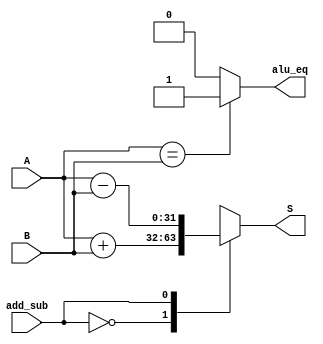
`timescale 1ns / 1ps
module adder_32(A, B, S, add_sub,alu_eq);
   input [31:0] A, B;
   output reg [31:0] S;
	output reg alu_eq;
   input add_sub;

   always @(A, B, add_sub) begin
      case ( add_sub )
         0 : S = A + B;
         1 : S = A - B;
      endcase
   end
	always @(A, B) begin
      if (A==B) begin
			alu_eq = 1;
		end
		else begin
			alu_eq=0;
		end
   end
endmodule